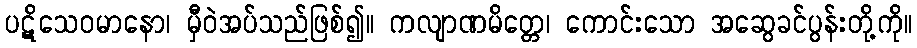
ပဋိသေဝမာနော၊ မှီဝဲအပ်သည်ဖြစ်၍။ ကလျာဏမိတ္တေ၊ ကောင်းသော အဆွေခင်ပွန်းတို့ကို။